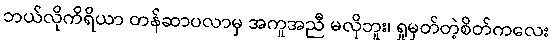
ဘယ်လိုကိရိယာ တန်ဆာပလာမှ အကူအညီ မလိုဘူး၊ ရှုမှတ်တဲ့စိတ်ကလေး